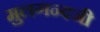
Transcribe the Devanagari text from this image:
मुलगन्दजी